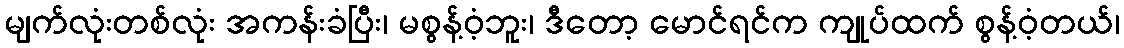
မျက်လုံးတစ်လုံး အကန်းခံပြီး၊ မစွန့်ဝံ့ဘူး၊ ဒီတော့ မောင်ရင်က ကျုပ်ထက် စွန့်ဝံ့တယ်၊